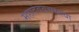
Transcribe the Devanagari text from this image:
महादेववचस्तथा